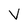
Character: V